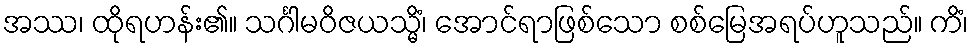
အဿ၊ ထိုရဟန်း၏။ သင်္ဂါမဝိဇယသ္မိံ၊ အောင်ရာဖြစ်သော စစ်မြေအရပ်ဟူသည်။ ကိံ၊